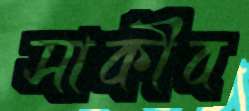
সাকীব